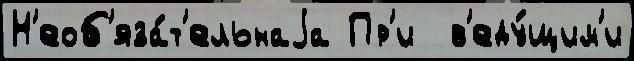
Н'еоб'яза́т'ельнаjа Пр'и  в'еду́щим'и